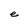
Character: e